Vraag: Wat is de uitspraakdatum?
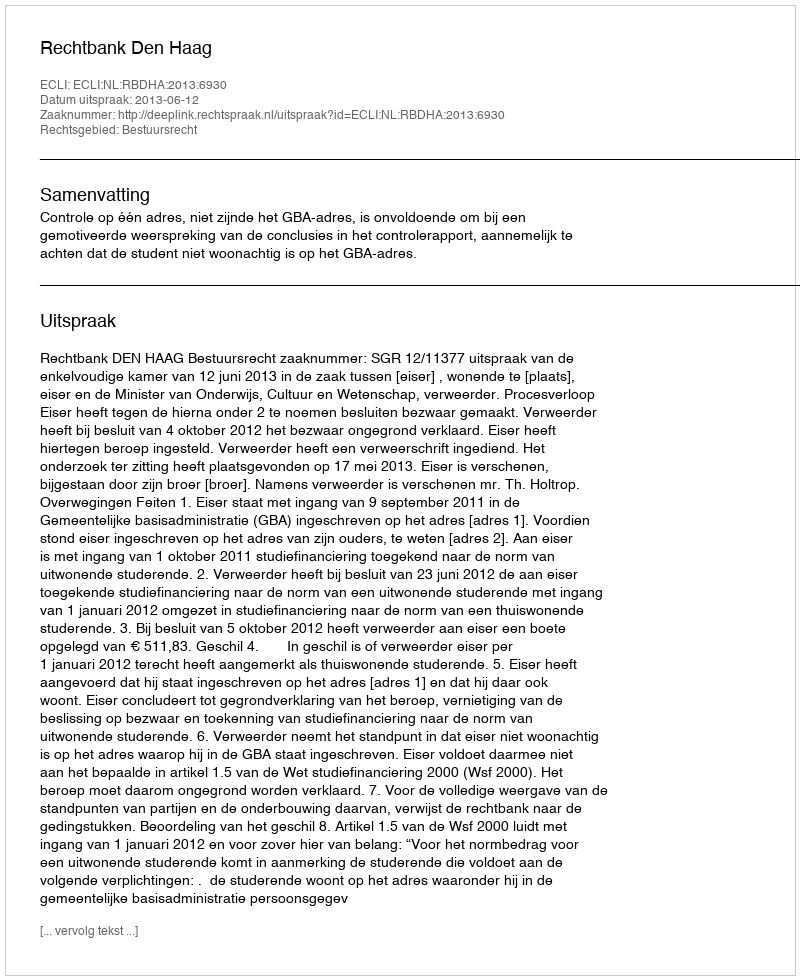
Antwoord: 2013-06-12